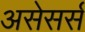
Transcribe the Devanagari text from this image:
असेसर्स